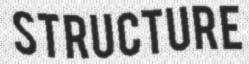
STRUCTURE